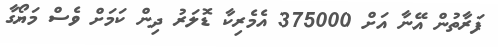
ފަރާތުން އޭނާ އަށް 375000 އެމެރިކާ ޑޮލަރު ދިން ކަމަށް ވެސް މަޔޯގާ